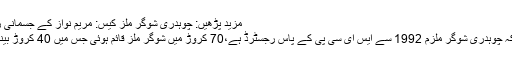
مزید پڑھیں: چوہدری شوگر ملز کیس: مریم نواز کے جسمانی ریمانڈ میں مزید توسیع
تفتیشی افسر نے بتایا کہ چوہدری شوگر ملزم 1992 سے ایس ای سی پی کے پاس رجسٹرڈ ہے،70 کروڑ میں شوگر ملز قائم ہوئی جس میں 40 کروڑ بینک کا قرض شامل تھا۔